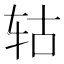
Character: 轱